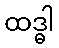
ထဒ္ဓါ